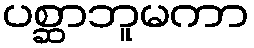
ပစ္ဆာဘူမကာ